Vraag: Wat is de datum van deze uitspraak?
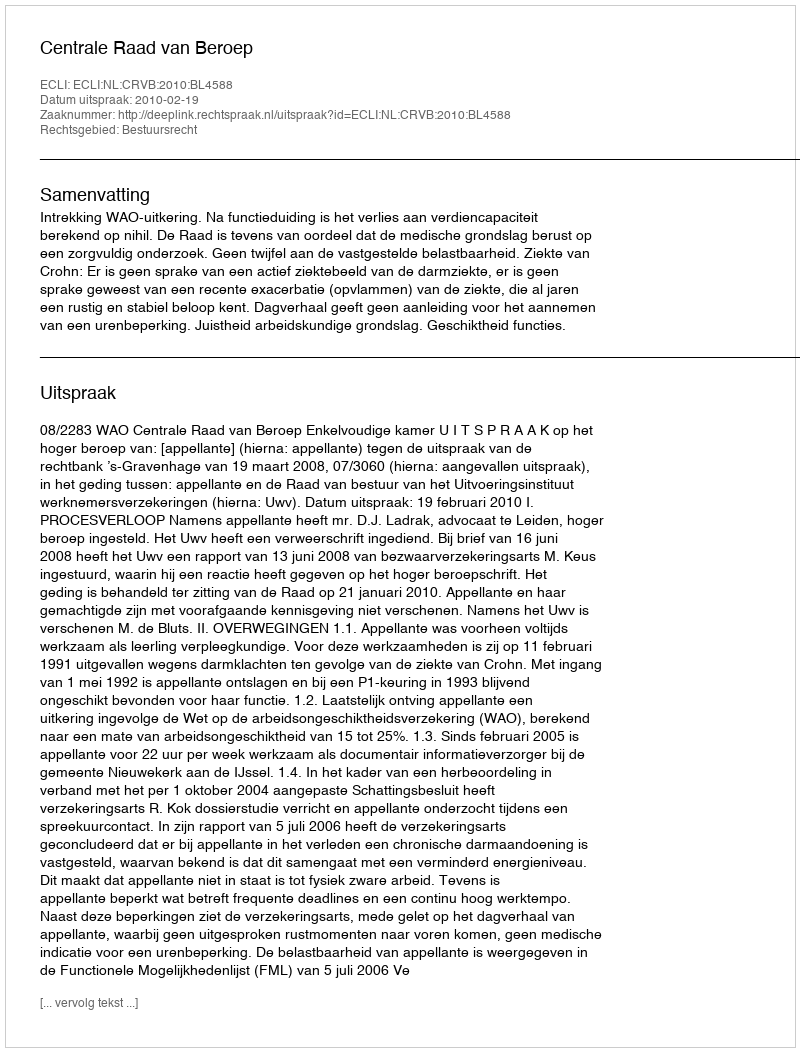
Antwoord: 2010-02-19